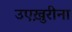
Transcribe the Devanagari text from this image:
उएख़ुरीना